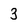
Character: 3